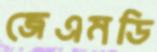
জেএমডি